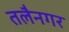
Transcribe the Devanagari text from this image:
तलैनगर